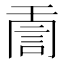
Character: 𧦸